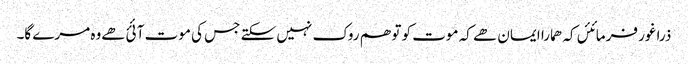
ذرا غور فرمائئں کہ ھمارا ایمان ھے کہ موت کو تو ھم روک نہیں سکتے جس کی موت آئئ ھےوہ مرے گا۔